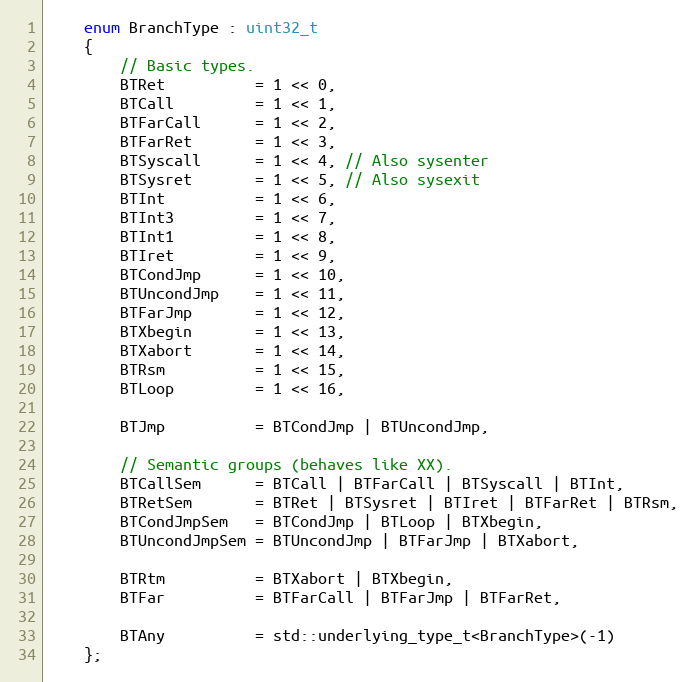
Language: C
    enum BranchType : uint32_t
    {
        // Basic types.
        BTRet          = 1 << 0,
        BTCall         = 1 << 1,
        BTFarCall      = 1 << 2,
        BTFarRet       = 1 << 3,
        BTSyscall      = 1 << 4, // Also sysenter
        BTSysret       = 1 << 5, // Also sysexit
        BTInt          = 1 << 6,
        BTInt3         = 1 << 7,
        BTInt1         = 1 << 8,
        BTIret         = 1 << 9,
        BTCondJmp      = 1 << 10,
        BTUncondJmp    = 1 << 11,
        BTFarJmp       = 1 << 12,
        BTXbegin       = 1 << 13,
        BTXabort       = 1 << 14,
        BTRsm          = 1 << 15,
        BTLoop         = 1 << 16,

        BTJmp          = BTCondJmp | BTUncondJmp,

        // Semantic groups (behaves like XX).
        BTCallSem      = BTCall | BTFarCall | BTSyscall | BTInt,
        BTRetSem       = BTRet | BTSysret | BTIret | BTFarRet | BTRsm,
        BTCondJmpSem   = BTCondJmp | BTLoop | BTXbegin,
        BTUncondJmpSem = BTUncondJmp | BTFarJmp | BTXabort,

        BTRtm          = BTXabort | BTXbegin,
        BTFar          = BTFarCall | BTFarJmp | BTFarRet,

        BTAny          = std::underlying_type_t<BranchType>(-1)
    };